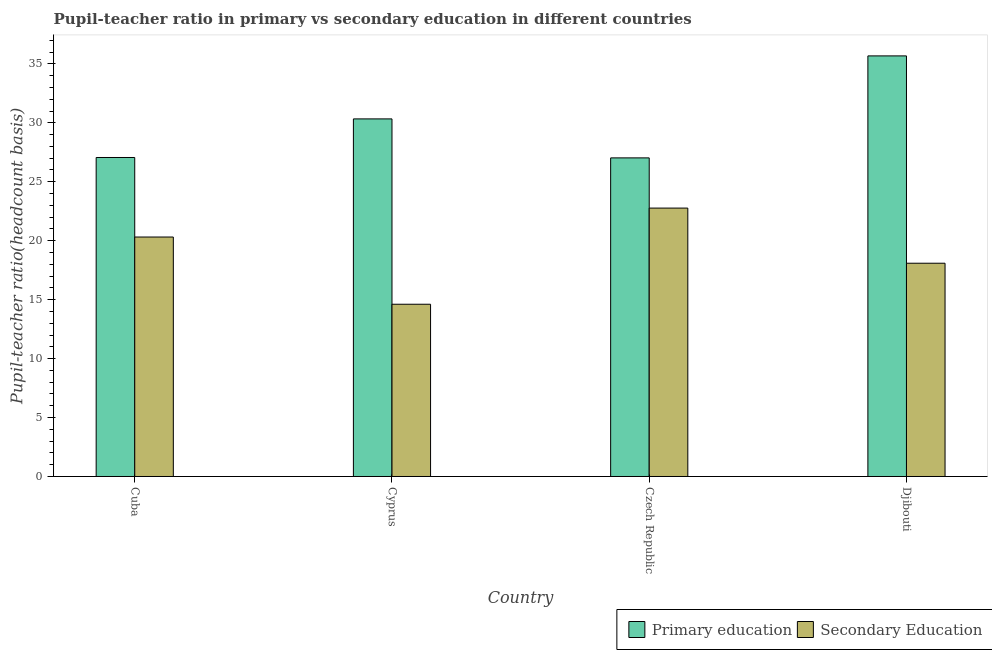
| Country | Primary education | Secondary Education |
 | --- | --- | --- |
 | Cuba | 27.1 | 20.3 |
 | Cyprus | 30.3 | 14.6 |
 | Czech Republic | 27 | 22.8 |
 | Djibouti | 35.7 | 18.1 |